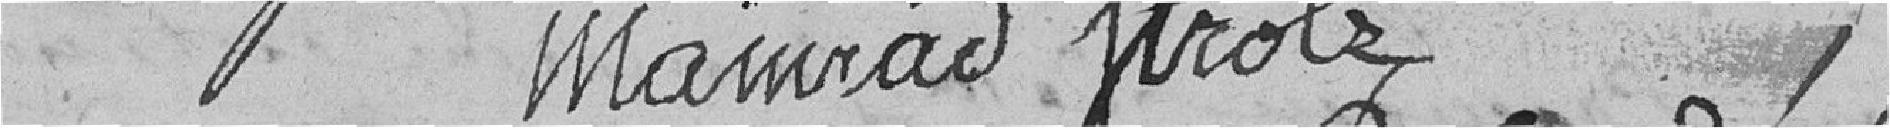
Mainrad      Strolz